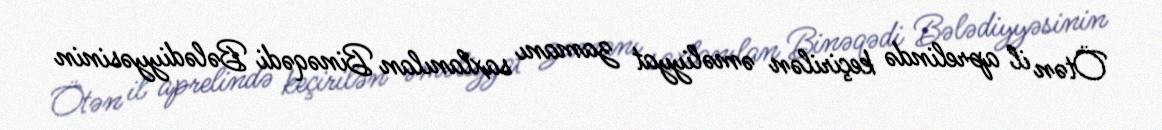
Ötən il aprelində keçirilən əməliyyat zamanı saxlanılan Binəqədi Bələdiyyəsinin